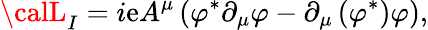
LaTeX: {\calL}_{I}=i\mathrm{e}A^{\mu}\left(\varphi^{\ast}\partial_{\mu}\varphi-\partial_{\mu}\left(\varphi^{\ast}\right)\varphi\right),